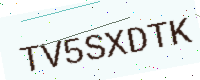
Text: TV5SXDTK